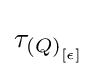
\tau _{{(Q)}_{[\epsilon ]}}